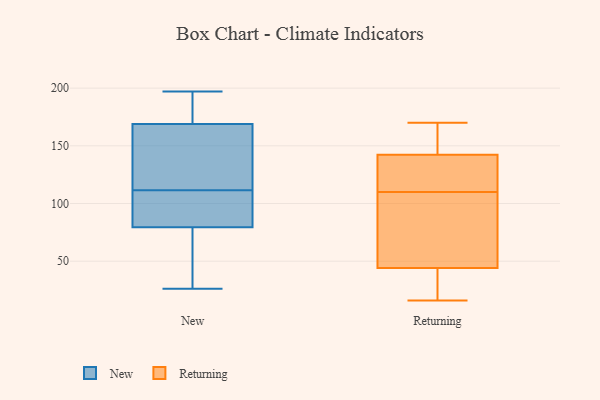
{"axis": {"x": "Net Income (USD K)", "y": "Value"}, "legend": ["New", "Returning"], "data": [{"x": "", "y": 138, "type": "New"}, {"x": "", "y": 91, "type": "New"}, {"x": "", "y": 126, "type": "New"}, {"x": "", "y": 164, "type": "New"}, {"x": "", "y": 112, "type": "New"}, {"x": "", "y": 28, "type": "New"}, {"x": "", "y": 93, "type": "New"}, {"x": "", "y": 197, "type": "New"}, {"x": "", "y": 111, "type": "New"}, {"x": "", "y": 63, "type": "New"}, {"x": "", "y": 176, "type": "New"}, {"x": "", "y": 108, "type": "New"}, {"x": "", "y": 178, "type": "New"}, {"x": "", "y": 174, "type": "New"}, {"x": "", "y": 68, "type": "New"}, {"x": "", "y": 26, "type": "New"}, {"x": "", "y": 132, "type": "Returning"}, {"x": "", "y": 26, "type": "Returning"}, {"x": "", "y": 103, "type": "Returning"}, {"x": "", "y": 16, "type": "Returning"}, {"x": "", "y": 149, "type": "Returning"}, {"x": "", "y": 110, "type": "Returning"}, {"x": "", "y": 99, "type": "Returning"}, {"x": "", "y": 152, "type": "Returning"}, {"x": "", "y": 50, "type": "Returning"}, {"x": "", "y": 17, "type": "Returning"}, {"x": "", "y": 120, "type": "Returning"}, {"x": "", "y": 170, "type": "Returning"}, {"x": "", "y": 140, "type": "Returning"}]}